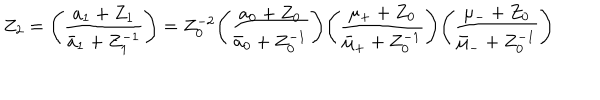
LaTeX: Z _ { 2 } = \Biggl ( \frac { a _ { 1 } + Z _ { 1 } } { { \bar { a } } _ { 1 } + Z _ { 1 } ^ { - 1 } } \Biggr ) = Z _ { 0 } ^ { - 2 } \Biggl ( \frac { a _ { 0 } + Z _ { 0 } } { { \bar { a } } _ { 0 } + Z _ { 0 } ^ { - 1 } } \Biggr ) \Biggl ( \frac { \mu _ { + } + Z _ { 0 } } { { \bar { \mu } } _ { + } + Z _ { 0 } ^ { - 1 } } \Biggr ) \Biggl ( \frac { \mu _ { - } + Z _ { 0 } } { { \bar { \mu } } _ { - } + Z _ { 0 } ^ { - 1 } } \Biggr )